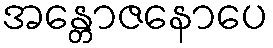
အန္တောဇနောပေ